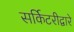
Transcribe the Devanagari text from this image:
सर्किटरीद्वारे